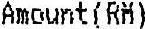
AMOUNT(RM)